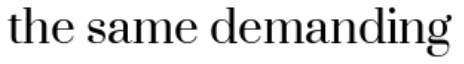
the same demanding